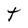
Character: t